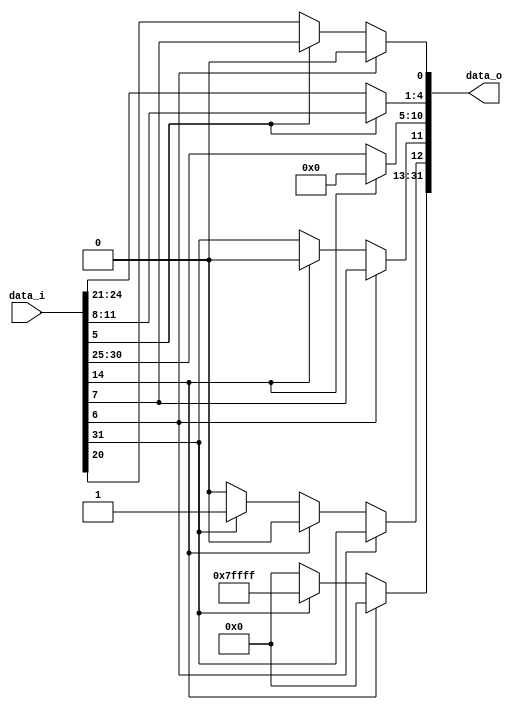
module immeGen
(
    data_i,
    data_o,
);
input [31:0]data_i;
output [31:0]data_o;
assign data_o[0:0]=     (data_i[6:6]==1'b1)?1'b0:
                        (data_i[5:5]==1'b0)?data_i[20:20]:data_i[7:7];
assign data_o[4:1]=     (data_i[5:5]==1'b0)?data_i[24:21]:data_i[11:8];
assign data_o[10:5]=    (data_i[14:14]==1'b0)?data_i[30:25]:
                    /*(data_i[24:24]==1'b1)?6'b111111:*/6'b000000;
assign data_o[11:11]=   (data_i[6:6]==1'b1)?data_i[7:7]:
                        (data_i[14:14]==1'b0)?data_i[31:31]:
                        /*(data_i[24:24]==1'b1)?1'b1:*/1'b0;
assign data_o[12:12]=   (data_i[6:6]==1'b1)?data_i[31:31]:
                        (data_i[14:14]==1'b0)?((data_i[31:31]==1'b1)?1'b1:1'b0):
                        /*(data_i[24:24]==1'b1)?1'b1:*/1'b0;
assign data_o[31:13]=   (data_i[14:14]==1'b0)?((data_i[31:31]==1'b1)?19'b1111111111111111111:19'b0000000000000000000):
                        /*(data_i[24:24]==1'b1)?19'b1:*/19'b0;
endmodule